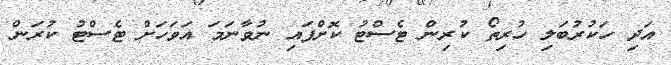
އަދި ހަކުރުބަލި ހުރިތޯ ކުރިން ޓެސްޓު ކޮށްފައި ނުވާނަމަ އަވަހަށް ޓެސްޓު ކުރަން